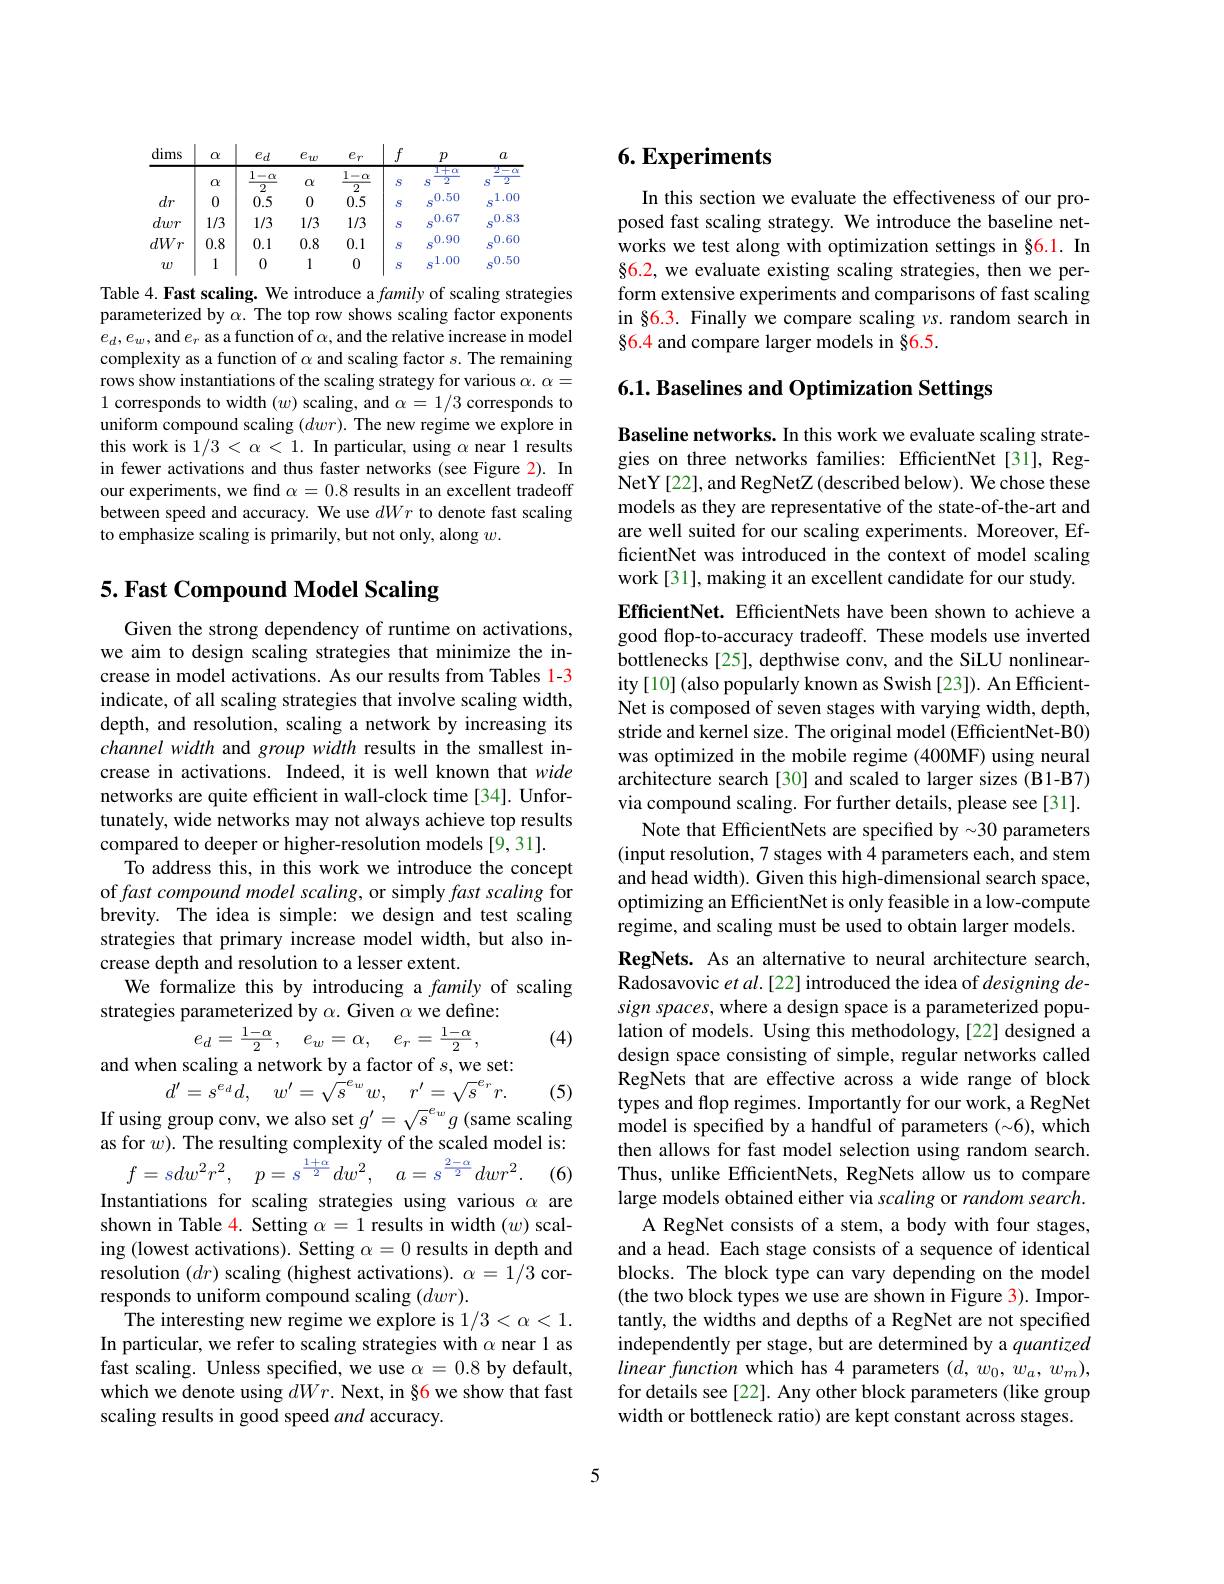
<table>
	<tbody>
		<tr>
			<th>dims</th>
			<th>$\alpha$</th>
			<th>$e_d$</th>
			<th>$e_w$</th>
			<th>$e_r$</th>
			<th>$f$</th>
			<th>$p$</th>
			<th>$a$</th>
		</tr>
		<tr>
			<td> </td>
			<td>$\alpha$</td>
			<td>$\underline{1-\alpha}$</td>
			<td>$\alpha$</td>
			<td>$\underline{1-\alpha}$</td>
			<td>S</td>
			<td>$1+\alpha$ S 2</td>
			<td>$2F$ 2 S</td>
		</tr>
		<tr>
			<td>$dr$</td>
			<td>0</td>
			<td>$\angle AC=\angle AB$ 0.5</td>
			<td>0</td>
			<td>$L$ 0.5</td>
			<td>S</td>
			<td>.0.50 S</td>
			<td>1.00. S</td>
		</tr>
		<tr>
			<td>dwr</td>
			<td>1/3</td>
			<td>1/3</td>
			<td>1/3</td>
			<td>1/3</td>
			<td>S</td>
			<td>.0.67 S</td>
			<td>.0.83 S</td>
		</tr>
		<tr>
			<td>dWr </td>
			<td>0.8</td>
			<td>0.1</td>
			<td>0.8</td>
			<td>0.1</td>
			<td>S</td>
			<td>0.90 S</td>
			<td>$.0.6C.$ S</td>
		</tr>
		<tr>
			<td>$w$</td>
			<td>1</td>
			<td>0</td>
			<td>1</td>
			<td>0</td>
			<td>S</td>
			<td>1.00 $S$</td>
			<td>0.50</td>
		</tr>
	</tbody>
</table>

Table 4. Fast scaling. We introduce a family of scaling strategies parameterized by $\alpha.$ The top row shows scaling factor exponents $e_d,e_w$,and $e_r$ as a function of $\alpha$, and the relative increase in model complexity as a function of $\alpha$ and scaling factor $s.$ The remaining rows show instantiations of the scaling strategy for various $\alpha.\alpha=$ 1 corresponds to width $(w)$ scaling, and $\alpha=1/3$ corresponds to uniform compound scaling $(dwr).$ The new regime we explore in this work is $1/3<\alpha<1.$ In particular, using $\alpha$ near 1 results in fewer activations and thus faster networks (see Figure 2). In our experiments, we find $\alpha=0.8$ results in an excellent tradeoff between speed and accuracy. We use dWr to denote fast scaling to emphasize scaling is primarily, but not only, along $w.$

# 5. Fast Compound Model Scaling

Given the strong dependency of runtime on activations, we aim to design scaling strategies that minimize the increase in model activations. As our results from Tables 1-3 indicate, of all scaling strategies that involve scaling width, depth, and resolution, scaling a network by increasing its channel width and group width results in the smallest increase in activations. Indeed, it is well known that wide networks are quite efficient in wall-clock time [34]. Unfortunately, wide networks may not always achieve top results compared to deeper or higher-resolution models [9,31].
To address this, in this work we introduce the concept of fast compound model scaling, or simply fast scaling for brevity. The idea is simple: we design and test scaling strategies that primary increase model width, but also increase depth and resolution to a lesser extent.
We formalize this by introducing a family of scaling
strategies parameterized by $\alpha.$ Given $\alpha$ we define:
(4)
$$e_d=\frac{1-\alpha}2,\quad e_w=\alpha,\quad e_r=\frac{1-\alpha}2,$$
and when scaling a network by a factor of $s$,we set:
$$d^{\prime}=s^{e_{d}}d,\quad w^{\prime}=\sqrt{s}^{e_{w}}w,\quad r^{\prime}=\sqrt{s}^{e_{r}}r.$$
If using group conv, we also set $g^\prime=\sqrt{s}^{e_w}g$ (same scaling

(5)

(6)

as for $w).$ The resulting complexity of the scaled model is:
$$f=sdw^2r^2,\quad p=s^{\frac{1+\alpha}{2}}dw^2,\quad a=s^{\frac{2-\alpha}{2}}dwr^2.$$
Instantiations for scaling strategies using various $\alpha$ are shown in Table 4. Setting $\alpha=1$ results in width $(w)$ scaling (lowest activations). Setting $\alpha=0$ results in depth and resolution $(dr)$ scaling (highest activations). $\alpha=1/3$ corresponds to uniform compound scaling $(dwr).$
The interesting new regime we explore is $1/3<\alpha<1.$ In particular, we refer to scaling strategies with $\alpha$ near 1 as fast scaling. Unless specified, we use $\alpha=0.8$ by default, which we denote using $dWr.$ Next, in §6 we show that fast scaling results in good speed and accuracy.

# 6. Experiments

In this section we evaluate the effectiveness of our proposed fast scaling strategy. We introduce the baseline networks we test along with optimization settings in §6.1. In $\S6.2$, we evaluate existing scaling strategies, then we perform extensive experiments and comparisons of fast scaling in §6.3. Finally we compare scaling $\nu s.$ random search in $\S6.4$ and compare larger models in §6.5.

6.1. Baselines and Optimization Settings

Baseline networks. In this work we evaluate scaling strategies on three networks families: EfficientNet[31], RegNetY[22], and RegNetZ (described below). We chose these models as they are representative of the state-of-the-art and are well suited for our scaling experiments. Moreover, EfficientNet was introduced in the context of model scaling work[31], making it an excellent candidate for our study.

EfficientNet. EfficientNets have been shown to achieve a good flop-to-accuracy tradeoff. These models use inverted bottlenecks [25], depthwise conv, and the SiLU nonlinearity[10](also popularly known as Swish[23]). An EfficientNet is composed of seven stages with varying width, depth, stride and kernel size. The original model (EfficientNet-B0) was optimized in the mobile regime (400MF) using neural architecture search[30] and scaled to larger sizes (B1-B7) via compound scaling. For further details, please see[31].
Note that EfficientNets are specified by -30 parameters (input resolution, 7 stages with 4 parameters each, and stem and head width). Given this high-dimensional search space, optimizing an EfficientNet is only feasible in a low-compute regime, and scaling must be used to obtain larger models. RegNets. As an alternative to neural architecture search, Radosavovic et al.[22] introduced the idea of designing design spaces, where a design space is a parameterized population of models. Using this methodology,[22] designed a design space consisting of simple, regular networks called RegNets that are effective across a wide range of block types and flop regimes. Importantly for our work, a RegNet model is specifed by a handful of parameters (-6), which then allows for fast model selection using random search. Thus, unlike EfficientNets, RegNets allow us to compare large models obtained either via scaling or random search.
A RegNet consists of a stem, a body with four stages, and a head. Each stage consists of a sequence of identical blocks. The block type can vary depending on the model (the two block types we use are shown in Figure 3). Importantly, the widths and depths of a RegNet are not specified independently per stage, but are determined by a quantized linearfunction which has 4 parameters $(d,w_0,w_a,w_m)$, for details see [22]. Any other block parameters (like group width or bottleneck ratio) are kept constant across stages.

5